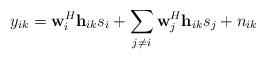
LaTeX: \begin{align*}y_{ik}={\bf{w}}^{H}_{i}{\bf{h}}_{ik}s_{i}+\sum_{j\neq i}{\bf{w}}^{H}_{j}{\bf{h}}_{ik}s_{j}+n_{ik} \end{align*}